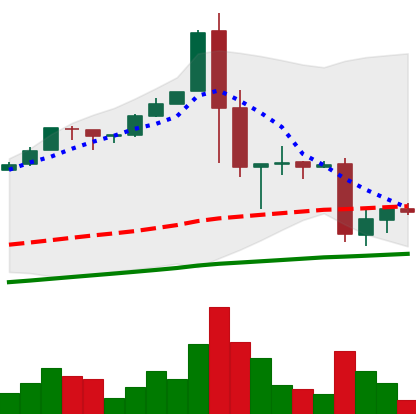
Ticker: BTC-USD
Chart end date: 2017-01-14
Forward return: 9.856%
Label: up_7plus